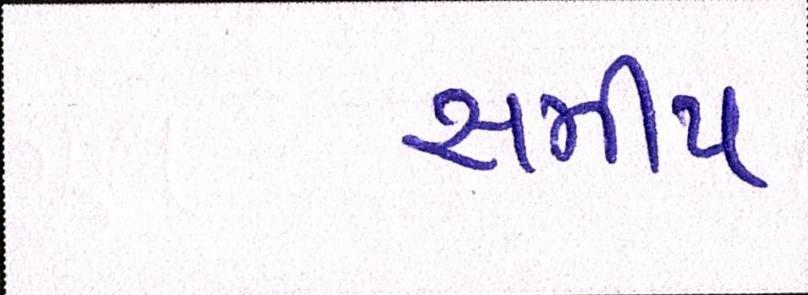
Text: સમીપ